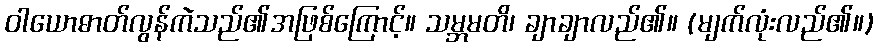
ဝါယောဓာတ်လွန်ကဲသည်၏အဖြစ်ကြောင့်။ သမ္ဘမတိ၊ ချာချာလည်၏။ (မျက်လုံးလည်၏။)